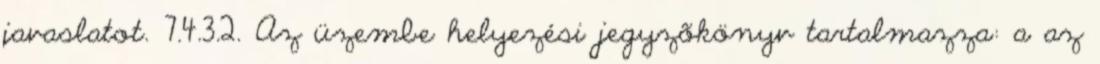
javaslatot. 7.4.3.2. Az üzembe helyezési jegyzõkönyv tartalmazza: a az